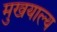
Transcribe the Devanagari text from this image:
मुखयाल्य